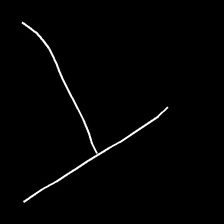
Glyph: column